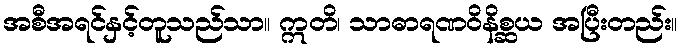
အစီအရင်နှင့်တူသည်သာ။ ဣတိ၊ သာဓာရဏဝိနိစ္ဆယ အပြီးတည်း။